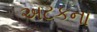
અટકના